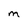
Character: M